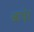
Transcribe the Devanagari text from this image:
श्रादेर